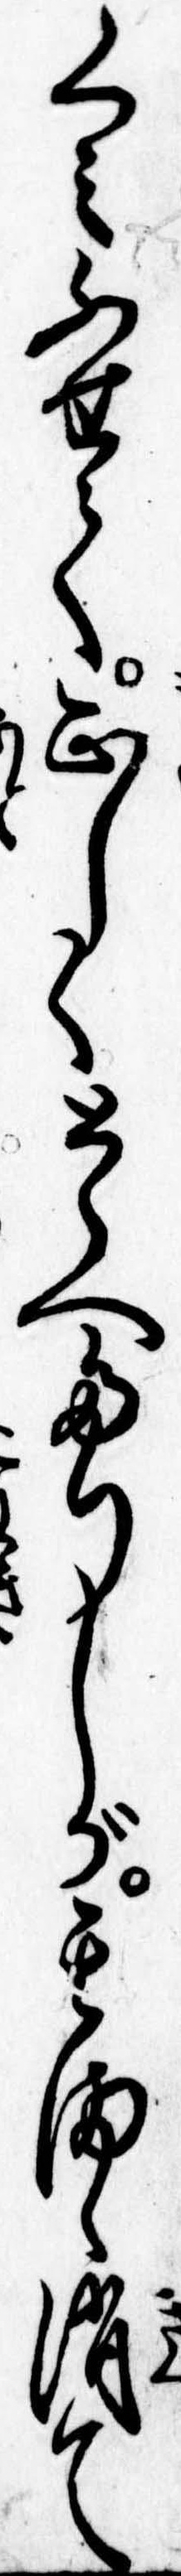
くみふせて正しくとらへたりしが其まゝ消て